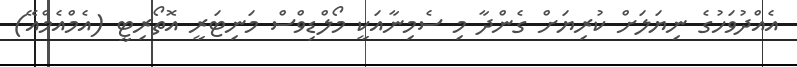
އެއްދުވަހުގެ ނިޔަލަށް ކުރިޔަށް ގެންދާ މި ސެމިނާއަކީ މޯލްޑިވްސް މަނިޓަރީ އޮތޯރިޓީ (އެމްއެމްއޭ)